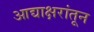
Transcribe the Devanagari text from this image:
आद्याक्षरांतून